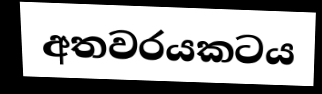
අතවරයකටය